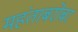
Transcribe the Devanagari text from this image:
महंताबरोबर